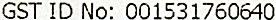
GST ID NO: 001531760640